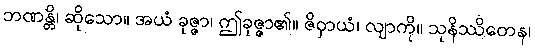
ဘဏန္တိ၊ ဆိုသော။ အယံ ခုဇ္ဇာ၊ ဤခုဇ္ဇာ၏။ ဇိဝှာယံ၊ လျာကို။ သုနိဿိတေန၊